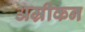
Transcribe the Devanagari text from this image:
अम्रीकन